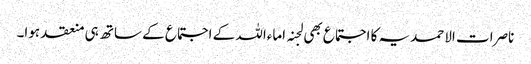
ناصرات الاحمدیہ کا اجتماع بھی لجنہ اماءاللہ کے اجتماع کے ساتھ ہی منعقد ہوا۔